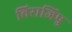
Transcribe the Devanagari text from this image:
विराजिषु